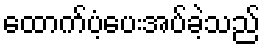
ထောက်ပံ့ပေးအပ်ခဲ့သည်